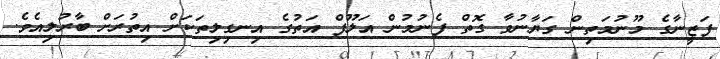
ފަޒީނާގެ މޫނުމަތިން ގަޔާނުވާ ގޮތް ފެނުމުން އަލޫފް އަތުގެ އިނގިލިތަކަށް އިތުރަށް ބާރުލިއެވެ.